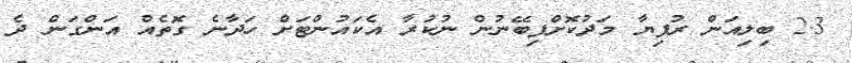
2.3 ބިލިއަން ރުފިޔާ މަދުކޮށްފިބޭނުން ނުކުރާ އެކައުންްޓަށް ހަދާނެ ގޮތެއް އަންގަން ދެ